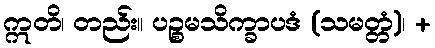
ဣတိ၊ တည်း။ ပဉ္စမသိက္ခာပဒံ (သမတ္တံ)၊ +